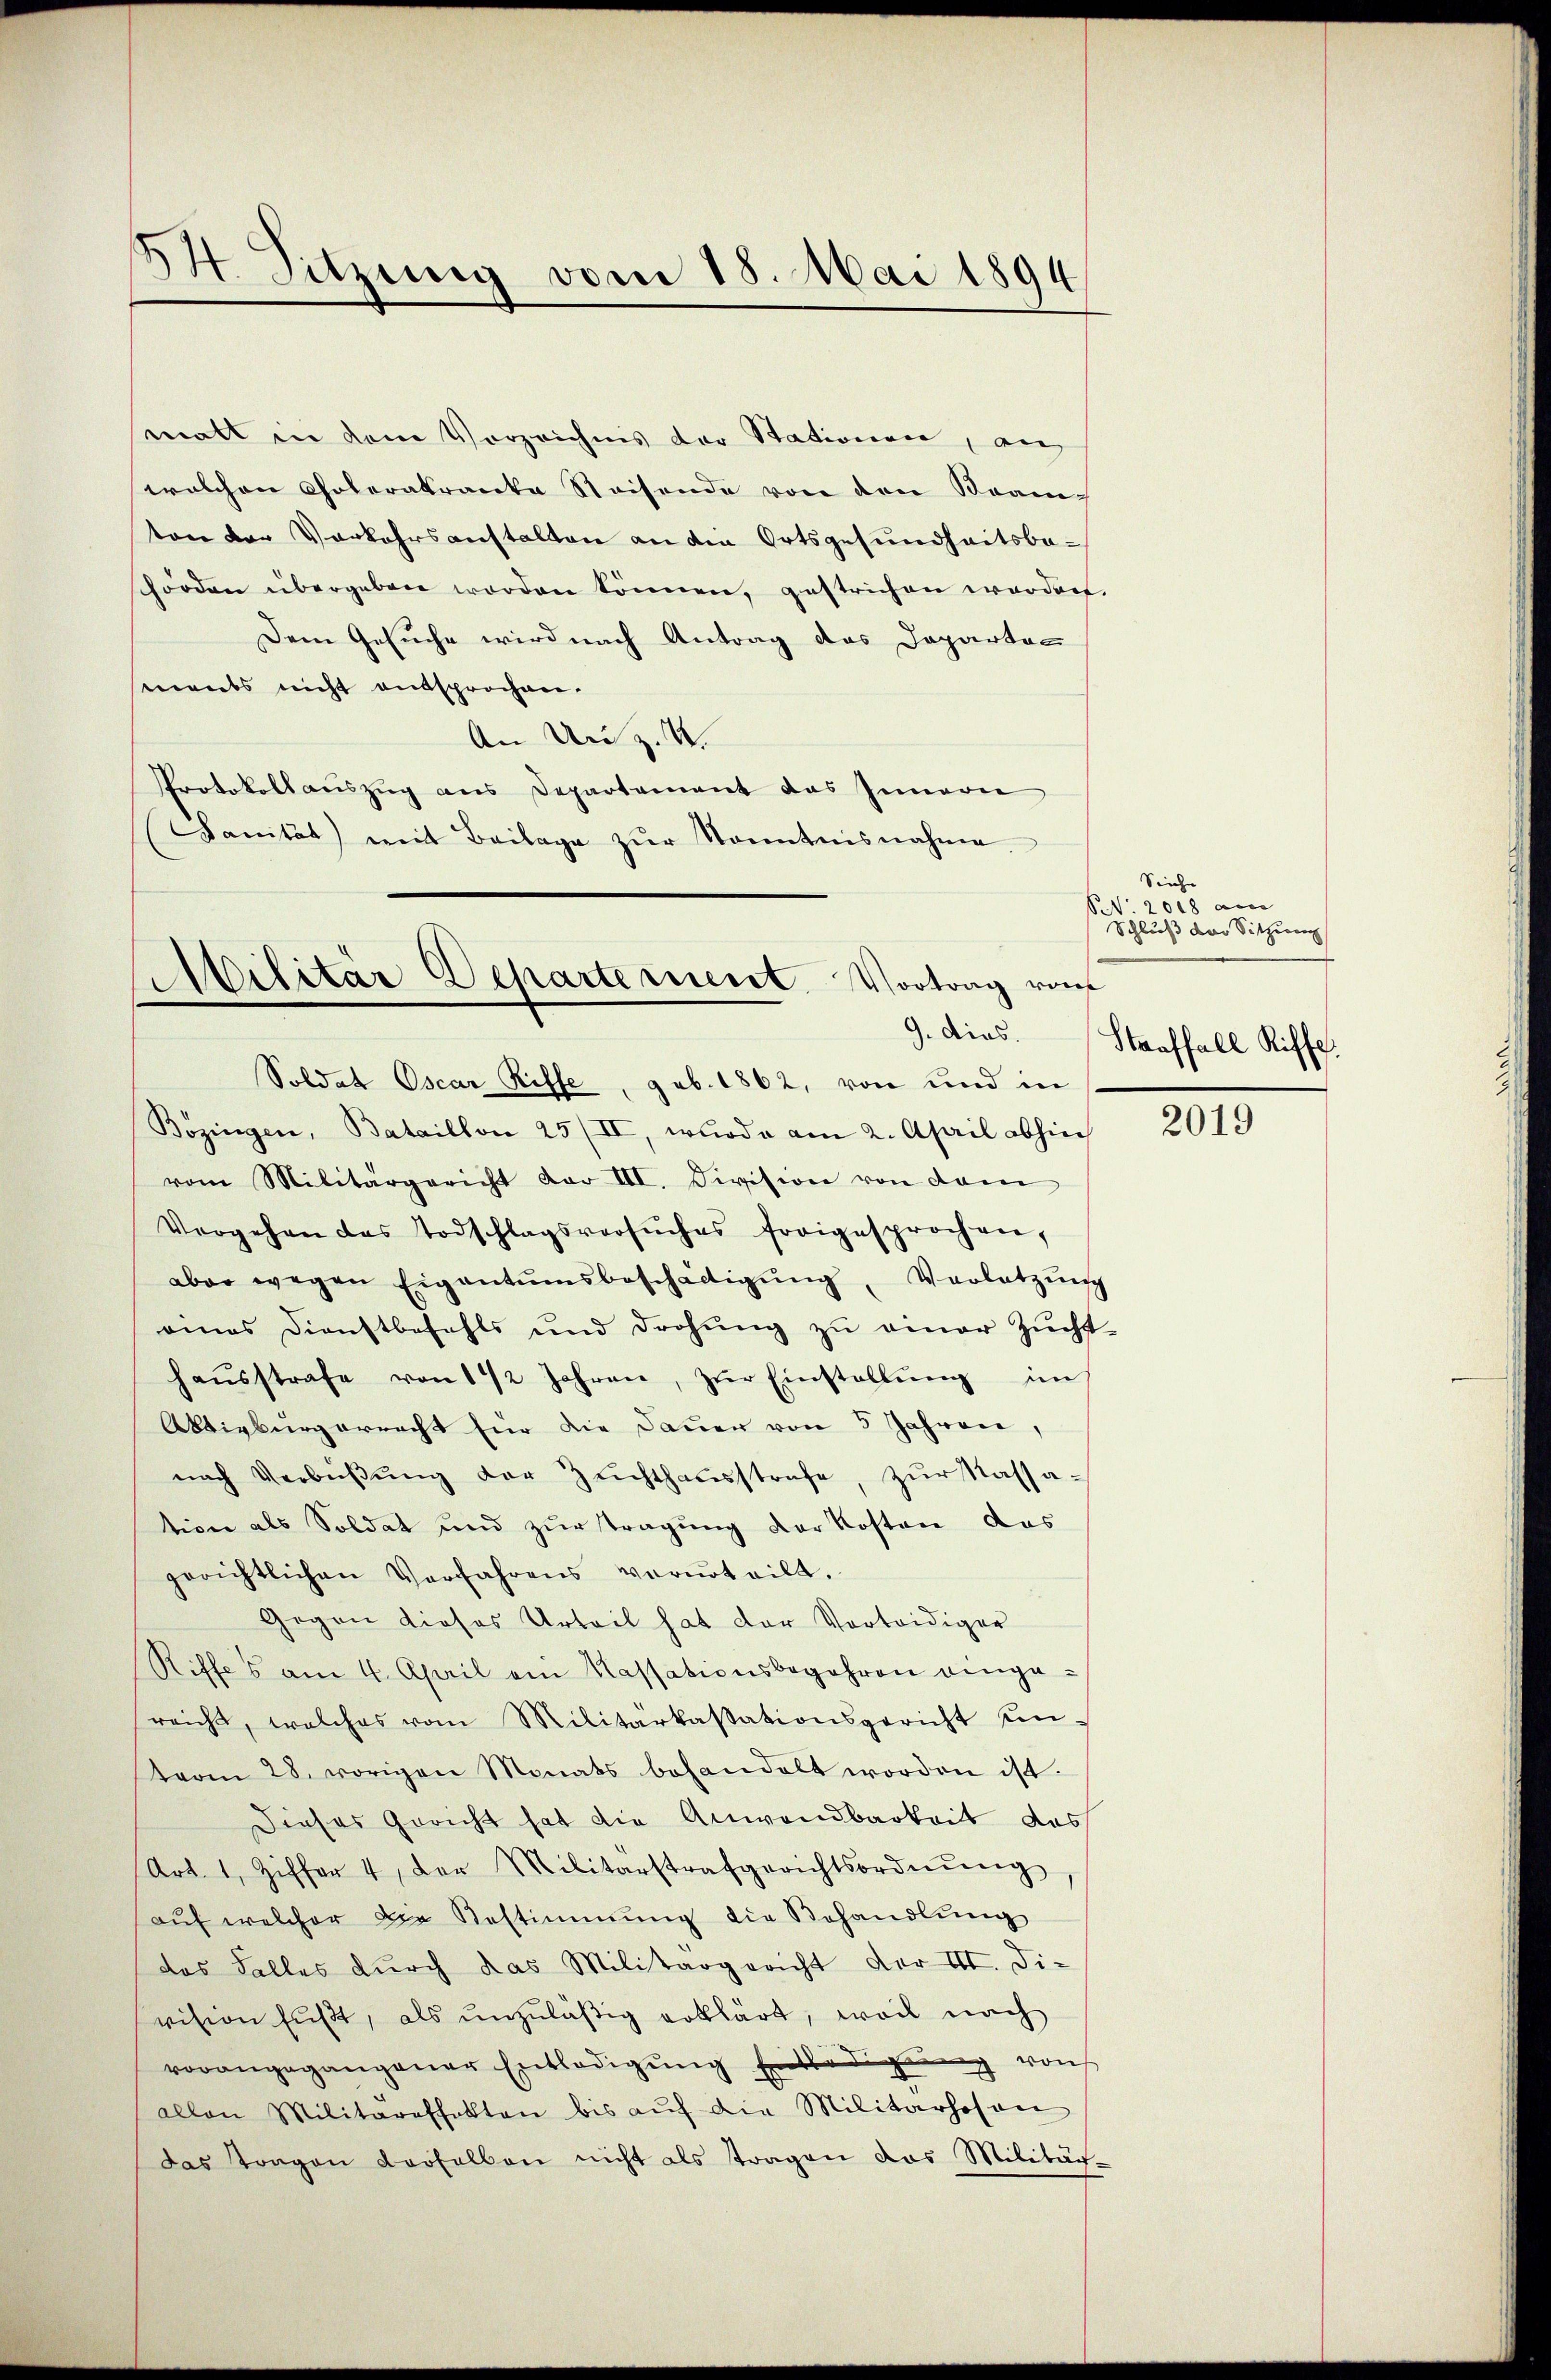
34. Sitzung vom 18. Mai 1894

malt in dem Vorzeichnis der Stationen, an
welchen Coleratraceka Steisende von den Beam-
ton der Verkehrsanstalten an den Ortsgesundheitsbe¬
Görden übergeben worden können, gestrichen werden.
Dem Gesuche wird nach Antrag des Departen
ments nicht entsprochen.
An Uri z. U.
Protokollauszug aus Departement das Innern
(Sanität) mit Beilage zŭr Sonntnisnahme

Militär Departement. Vortrag vom
9. dies.

Soldat Oscar Riffe, geb. 1862, von und in
Bozingen, Bataillon 25 (II, wurde am 2. April abhin
vom Militärgericht dar III. Division von dem
Vergehen das Todschlagsversŭches freigesprochen,
aber wegen Eigentumsbeschädigŭng, Verletzŭng
eines Dienstbefehls und drohŭng zŭ einer Zŭcht-
haŭsstrafe von 1 1/2 Jahren, zŭr Einstellŭng im
Abtivbürgerrecht für die Dauer von 5 Jahren,
nach Verbüβŭng der Zŭchthaŭsstrafe, zŭr Massa-
tion als Soldat und zur Tragung der Kosten das
gerichtlichen Verfahrens verurteilt.
Gegen dieses Urteil hat der Vorteidiger
Riffes am 4. April ein Kassationsbegehren eingereicht, welches vom Militarkassationsgericht um-
term 28. vorigen Monats behandelt worden ist.
Dieses Gericht hat die Anwendbarkeit das
(Art. 1, Ziffer 4, der Militärstrafgerichtsordnŭng,
aŭf welcher die Bestimmung die Behandlŭng
das Falles durch das Militärgericht vor II. Die
vision fußt, als unzuläßig erklärt, weil nach
vorangegangener Entledigung Entledigung von
allen Militärefhalten bis aŭf die Militarhosen
das Tragen derselben nicht als tragen das Militär-

Siehe
S 2018 am
Schluß der Sitzung
Straffall Riffe.

2019